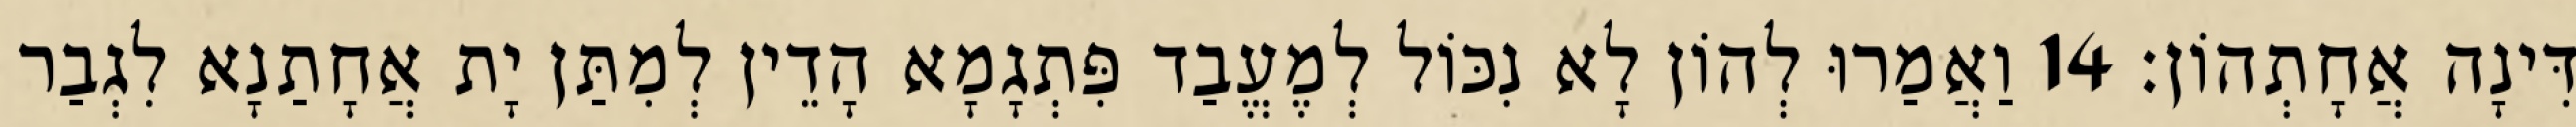
דִּינָה אֲחָתְהוֹן׃ 14 וַאֲמַרוּ לְהוֹן לָא נִכּוֹל לְמֶעֱבַד פִּתְגָמָא הָדֵין לְמִתַּן יָת אֲחָתַנָא לִגְבַר